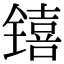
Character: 𬭳